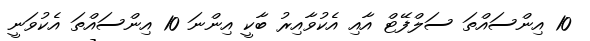
10 އިންސައްތަ ސަލްފޭޓް އާއި އެކުވާއިރު ބާކީ އިންނަ 10 އިންސައްތަ އެކުވަނީ